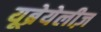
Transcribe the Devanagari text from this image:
यूब्रेयेलीज़